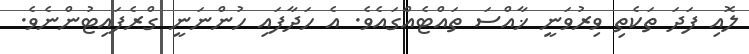
ލޮއި ފަދަ ތަކެތި ވިރުވަނީ ޚާއްސަ ތައްޓެއްގައެވެ. އެ ހަދާފައި ހުންނަނީ ގްރެފައިޓުންނެވެ.